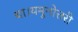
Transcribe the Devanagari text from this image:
था।यमुनोत्तरी